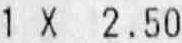
1 X 2.50